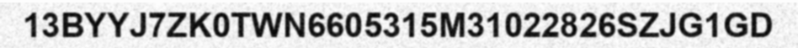
13BYYJ7ZK0TWN6605315M31022826SZJG1GD